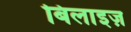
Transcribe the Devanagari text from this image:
बिलाइज़